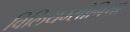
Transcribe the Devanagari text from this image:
विलियम्सोनिया